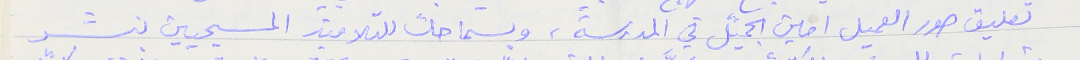
تعليق صور العميل امين الجميّل في المدرسة، وبسماحك للتلاميذ المسيحيين بنشر